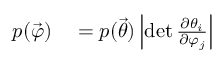
\begin{array} { r l } { p ( { \vec { \varphi } } ) } & { { } = p ( { \vec { \theta } } ) \left| \operatorname* { d e t } { \frac { \partial \theta _ { i } } { \partial \varphi _ { j } } } \right| } \end{array}